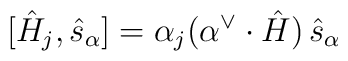
[\hat{H}_{j},\hat{s}_{\alpha}] = \alpha_{j}       (\alpha^{\vee}\cdot\hat{H})\thinspace\hat{s}_{\alpha}